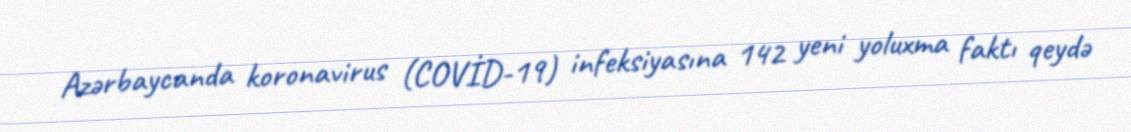
Azərbaycanda koronavirus (COVİD-19) infeksiyasına 142 yeni yoluxma faktı qeydə